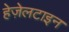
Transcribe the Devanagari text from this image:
हेज़ेलटाइन